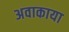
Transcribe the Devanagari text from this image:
अवाकाया